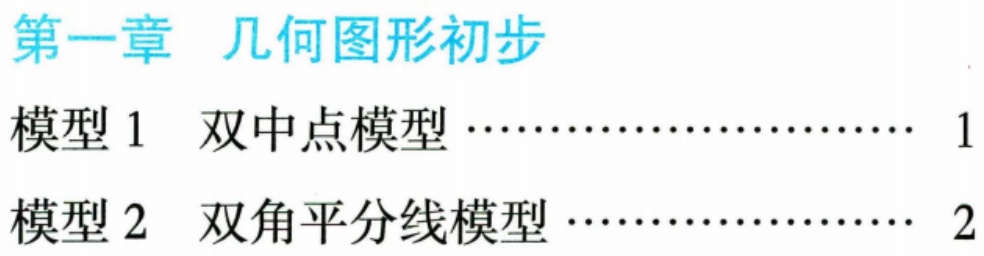
第一章 几何图形初步
模型 1 双中点模型 …………………… 1
模型 2 双角平分线模型 ………………… 2